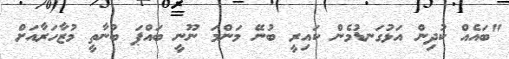
"ބައެއް ކުދިން އަޅުގަނޑުމެން ކައިރީ ބުނޭ މަންމަ ނޫނީ ބައްޕަ ބުނާތީ މުޒާހަރާއަށް